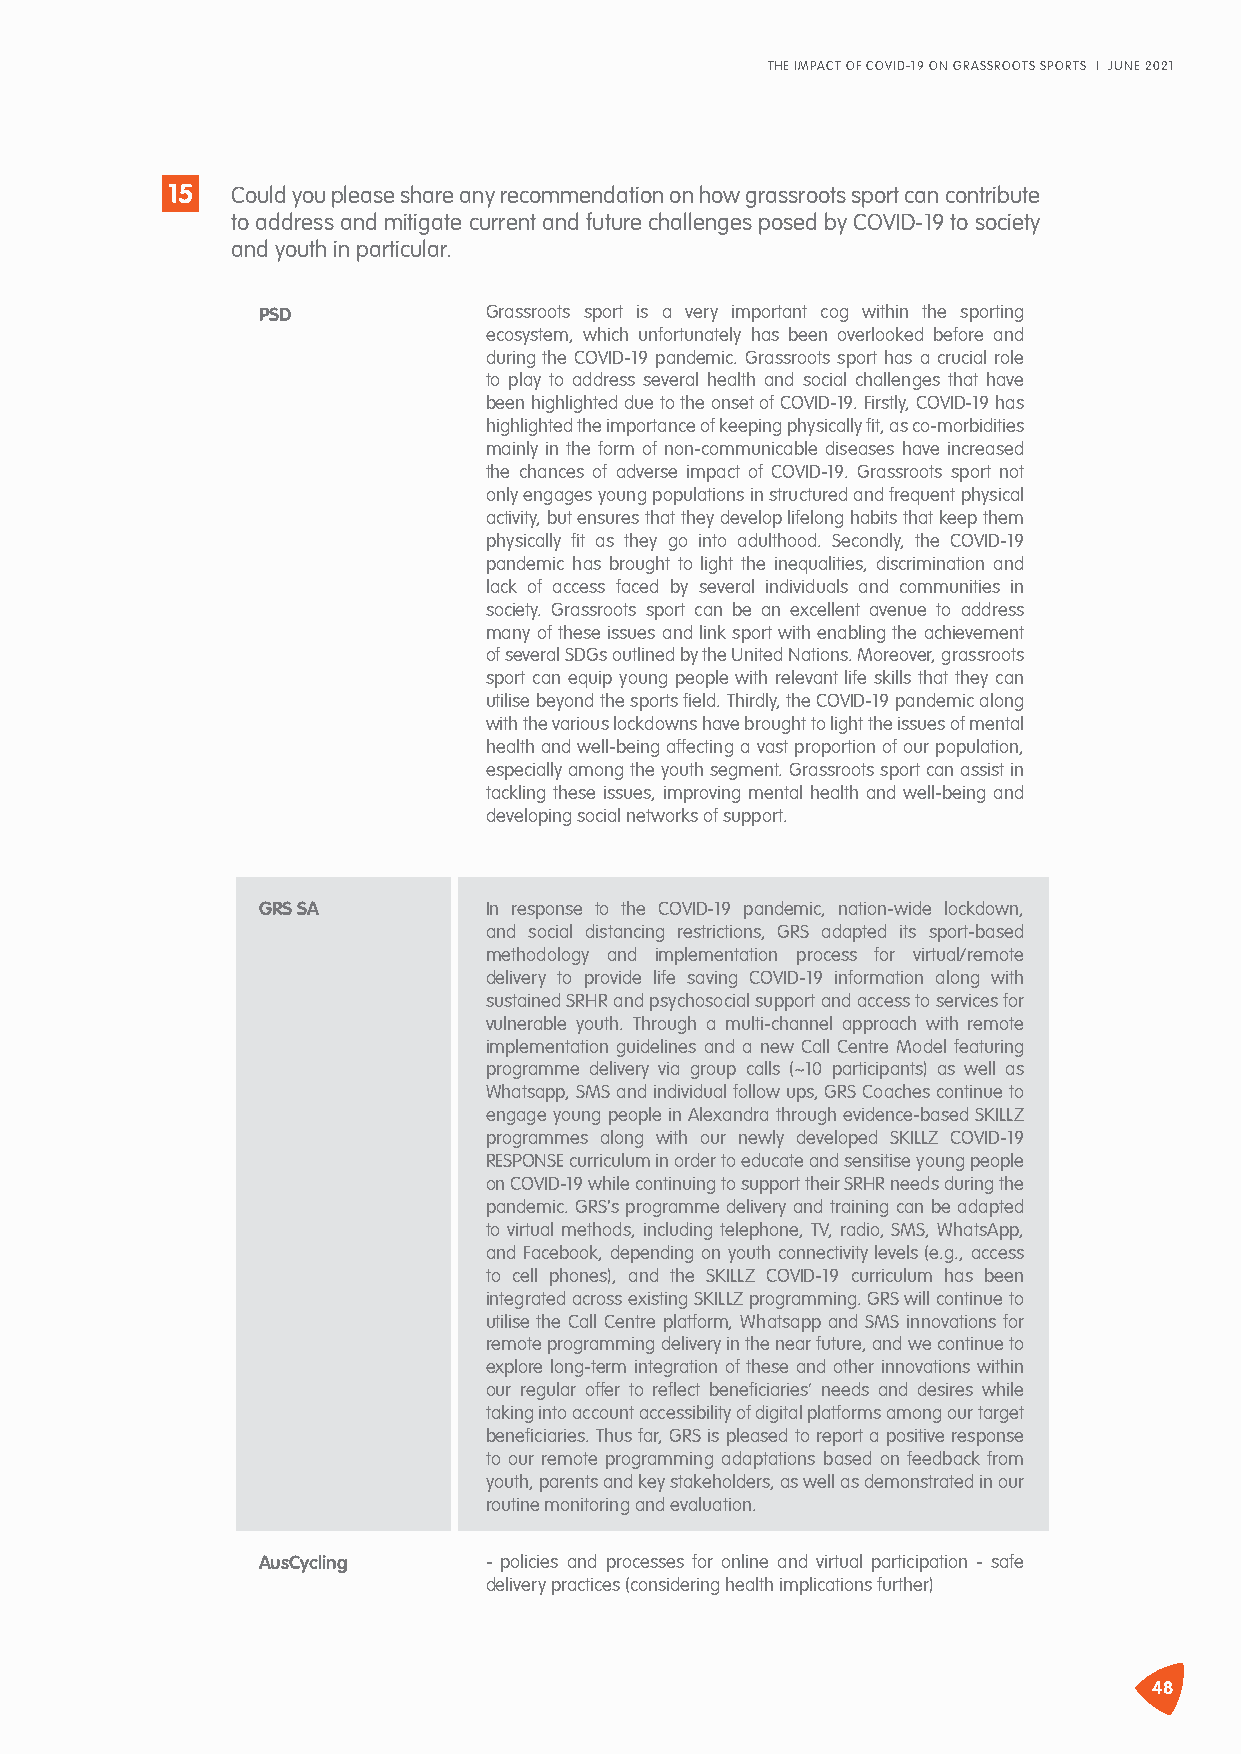
THE IMPACT OF COVID-19 ON GRASSROOTS SPORTS I JUNE 2021
 15  Could you please share any recommendation on how grassroots sport can contribute
 to address and mitigate current and future challenges posed by COVID-19 to society
 and youth in particular.
 PSD            Grassroots sport is a very important cog within the sporting
 ecosystem, which unfortunately has been overlooked before and
 during the COVID-19 pandemic. Grassroots sport has a crucial role
 to play to address several health and social challenges that have
 been highlighted due to the onset of COVID-19. Firstly, COVID-19 has
 highlighted the importance of keeping physically fit, as co-morbidities
 mainly in the form of non-communicable diseases have increased
 the chances of adverse impact of COVID-19. Grassroots sport not
 only engages young populations in structured and frequent physical
 activity, but ensures that they develop lifelong habits that keep them
 physically fit as they go into adulthood. Secondly, the COVID-19
 pandemic has brought to light the inequalities, discrimination and
 lack of access faced by several individuals and communities in
 society. Grassroots sport can be an excellent avenue to address
 many of these issues and link sport with enabling the achievement
 of several SDGs outlined by the United Nations. Moreover, grassroots
 sport can equip young people with relevant life skills that they can
 utilise beyond the sports field. Thirdly, the COVID-19 pandemic along
 with the various lockdowns have brought to light the issues of mental
 health and well-being affecting a vast proportion of our population,
 especially among the youth segment. Grassroots sport can assist in
 tackling these issues, improving mental health and well-being and
 developing social networks of support.
 GRS SA         In response to the COVID-19 pandemic, nation-wide lockdown,
 and social distancing restrictions, GRS adapted its sport-based
 methodology and implementation process for virtual/remote
 delivery to provide life saving COVID-19 information along with
 sustained SRHR and psychosocial support and access to services for
 vulnerable youth. Through a multi-channel approach with remote
 implementation guidelines and a new Call Centre Model featuring
 programme delivery via group calls (~10 participants) as well as
 Whatsapp, SMS and individual follow ups, GRS Coaches continue to
 engage young people in Alexandra through evidence-based SKILLZ
 programmes along with our newly developed SKILLZ COVID-19
 RESPONSE curriculum in order to educate and sensitise young people
 on COVID-19 while continuing to support their SRHR needs during the
 pandemic. GRS's programme delivery and training can be adapted
 to virtual methods, including telephone, TV, radio, SMS, WhatsApp,
 and Facebook, depending on youth connectivity levels (e.g., access
 to cell phones), and the SKILLZ COVID-19 curriculum has been
 integrated across existing SKILLZ programming. GRS will continue to
 utilise the Call Centre platform, Whatsapp and SMS innovations for
 remote programming delivery in the near future, and we continue to
 explore long-term integration of these and other innovations within
 our regular offer to reflect beneficiaries’ needs and desires while
 taking into account accessibility of digital platforms among our target
 beneficiaries. Thus far, GRS is pleased to report a positive response
 to our remote programming adaptations based on feedback from
 youth, parents and key stakeholders, as well as demonstrated in our
 routine monitoring and evaluation.
 AusCycling     - policies and processes for online and virtual participation - safe
 delivery practices (considering health implications further)
 48